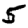
Digit: 5